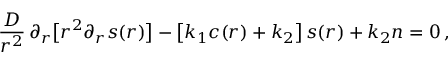
\frac { D } { r ^ { 2 } } \, \partial _ { r } \bigl [ r ^ { 2 } \partial _ { r } s ( r ) \bigr ] - \bigl [ k _ { 1 } c ( r ) + k _ { 2 } \bigr ] \, s ( r ) + k _ { 2 } n = 0 \, ,